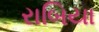
રાબિયા